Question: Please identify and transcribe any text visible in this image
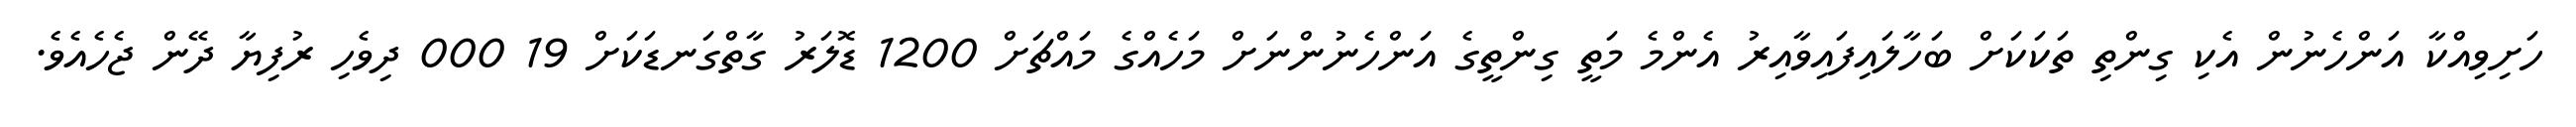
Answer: ހަށިވިއްކާ އަންހެނުން އެކި ގިންތި ތަކަކަށް ބަހާލައިފައިވާއިރު އެންމެ މަތީ ގިންތީގެ އަންހެނުންނަށް މަހެއްގެ މައްޗަށް 1200 ޑޮލަރު ގާތްގަނޑަކަށް 19 000 ދިވެހި ރުފިޔާ ދޭން ޖެހެއެވެ.